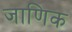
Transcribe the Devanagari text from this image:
जाणिक